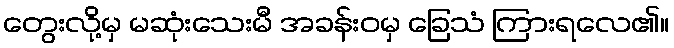
တွေးလို့မှ မဆုံးသေးမီ အခန်းဝမှ ခြေသံ ကြားရလေ၏။